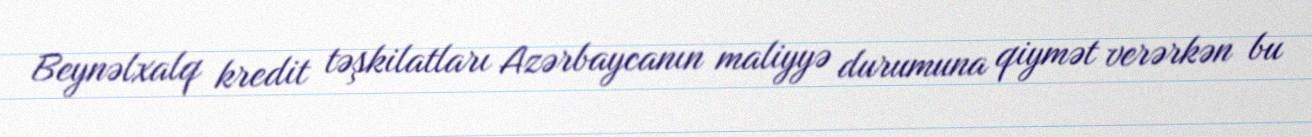
Beynəlxalq kredit təşkilatları Azərbaycanın maliyyə durumuna qiymət verərkən bu